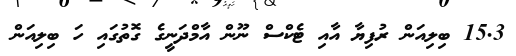
15.3 ބިލިއަން ރުފިޔާ އާއި ޓެކްސް ނޫން އާމްދަނީގެ ގޮތުގައި ހަ ބިލިއަން